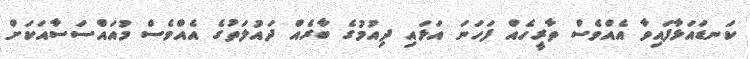
ކަނޑައަޅާފައިވާ އެއްވެސް ތާރީހެއް ފަހަނަ އަޅައި ދިއުމުގެ ބާރެއް ދައުލަތުގެ އެއްވެސް މުއައްސަސާއަކަށް